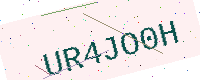
Text: UR4JO0H